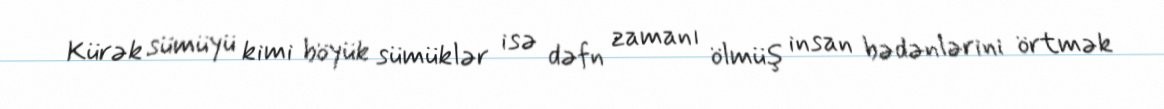
Kürək sümüyü kimi böyük sümüklər isə dəfn zamanı ölmüş insan bədənlərini örtmək